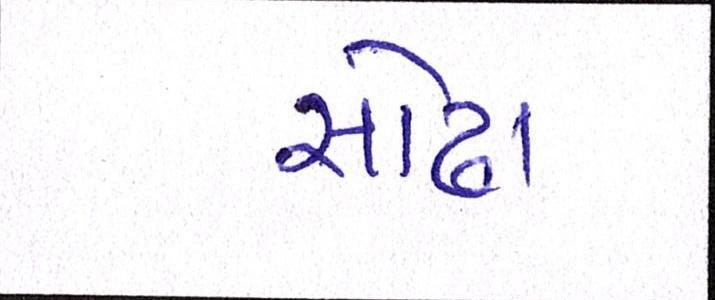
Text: સોઢા